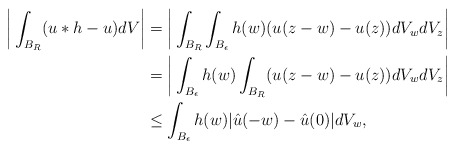
\begin{align*}\bigg|\int_{B_R}(u\ast h-u)dV\bigg|&=\bigg|\int_{B_R}\int_{B_{\epsilon}}h(w)(u(z-w)-u(z))dV_wdV_z\bigg|\\&=\bigg|\int_{B_{\epsilon}}h(w)\int_{B_R}(u(z-w)-u(z))dV_wdV_z\bigg|\\&\leq \int_{B_{\epsilon}}h(w)|\hat{u}(-w)-\hat{u}(0)|dV_w,\end{align*}